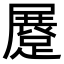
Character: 𨃨